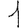
Digit: 1